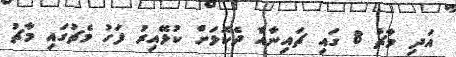
އަދި މާޗު 8 ގައި ޗައިނާއާ ދެކޮޅަށް ކުޅޭއިރު ފަހު މެޗުގައި މާޗު